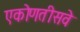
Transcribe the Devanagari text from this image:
एकोणतीसवे